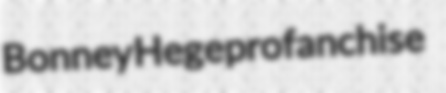
Bonney Hege profanchise